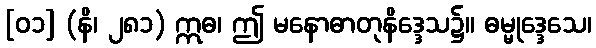
[၀၁] (နိ၊ ၂၈၁) ဣဓ၊ ဤ မနောဓာတုနိဒ္ဒေသ၌။ ဓမ္မုဒ္ဒေသေ၊